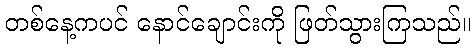
တစ်နေ့ကပင် နောင်ချောင်းကို ဖြတ်သွားကြသည်။